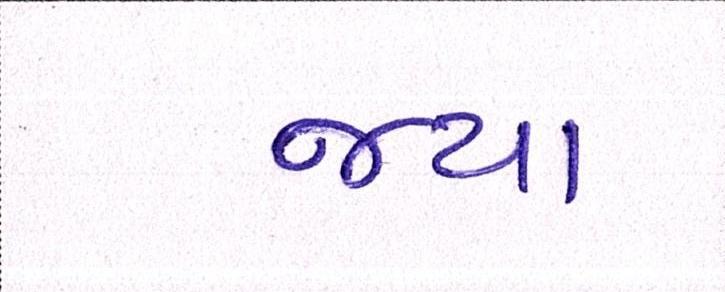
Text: જયા